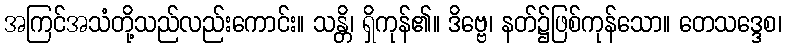
အကြင်အသံတို့သည်လည်းကောင်း။ သန္တိ၊ ရှိကုန်၏။ ဒိဗ္ဗေ၊ နတ်၌ဖြစ်ကုန်သော။ တေသဒ္ဒေစ၊